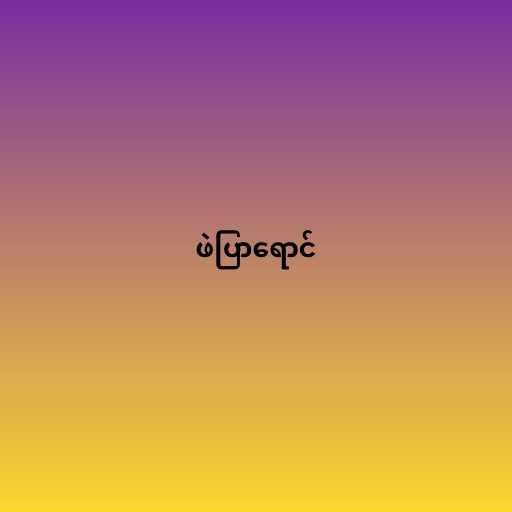
ဖဲပြာရောင်